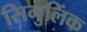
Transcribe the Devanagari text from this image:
सिमुलिंक